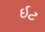
ઇટ